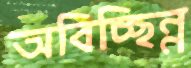
অবিচ্ছিন্ন